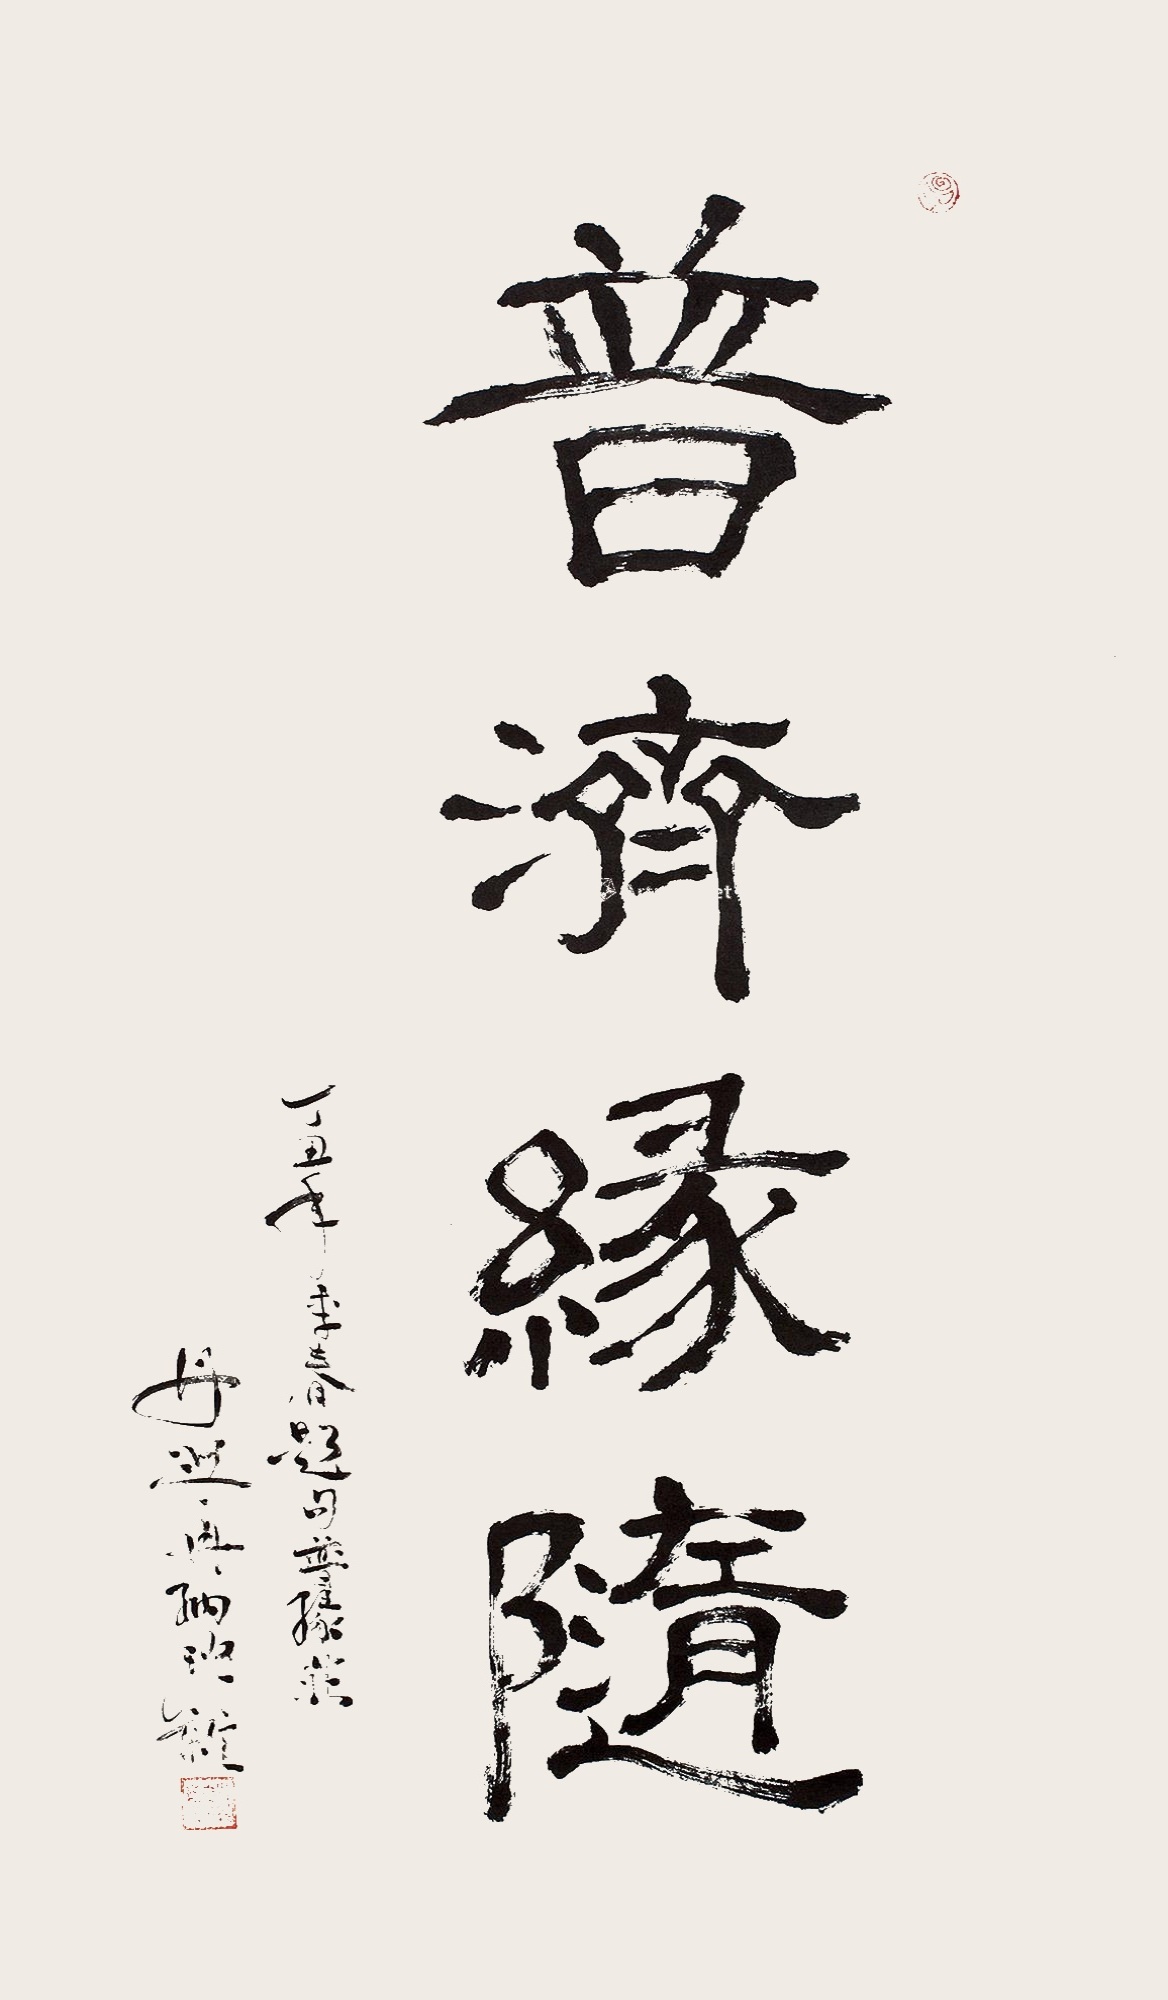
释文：普济随缘。丁丑年春题句普缘庄丹迥·冉纳班杂。